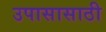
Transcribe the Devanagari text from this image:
उपासासाठी